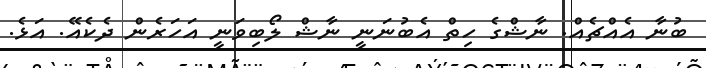
ބުނާ އެއްޗެއް. ނާޝްގެ ހިތް އެބުނަނީ ނާޝް ލޯބިވަނީ އަހަރެން ދެކެއޭ. އަޅެ.